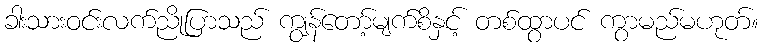
ခါးသားဝင်းလက်ညိုပြာသည် ကျွန်တော့်မျက်စိနှင့် တစ်ထွာပင် ကွာမည်မဟုတ်။